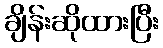
ချိန်းဆိုထားပြီး